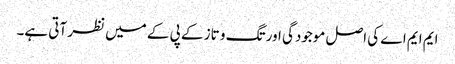
ایم ایم اے کی اصل موجودگی اور تگ و تاز کے پی کے میں نظر آتی ہے۔